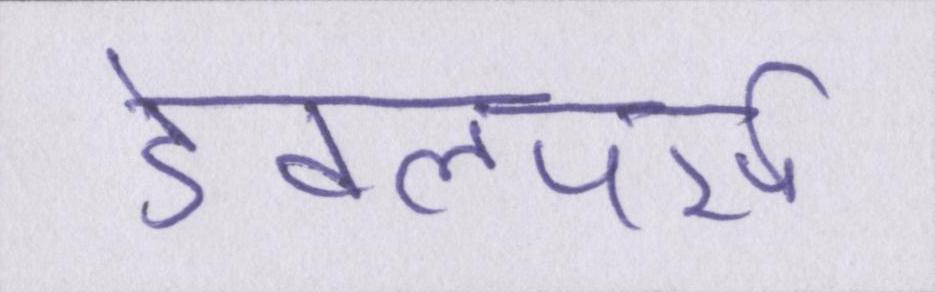
डेवलपर्स